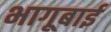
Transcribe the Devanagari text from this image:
भागूबाई